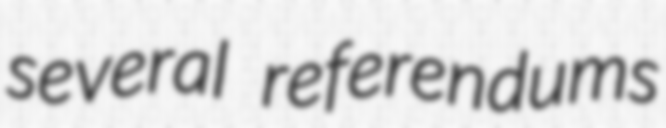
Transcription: several referendums